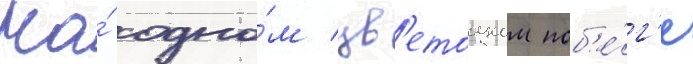
На́ одно́м цв'етоносном поб'е́г'е